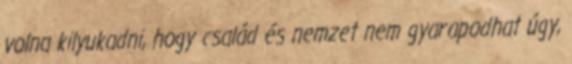
volna kilyukadni, hogy család és nemzet nem gyarapodhat úgy,